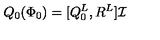
Q _ { 0 } ( \Phi _ { 0 } ) = [ Q _ { 0 } ^ { L } , R ^ { L } ] \mathcal { I } \